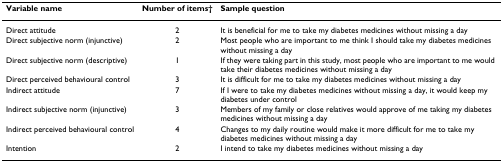
<table><thead><tr><td><b>Variable name</b></td><td><b>Number of items†</b></td><td><b>Sample question</b></td></tr></thead><tbody><tr><td>Direct attitude</td><td>2</td><td>It is beneficial for me to take my diabetes medicines without missing a day</td></tr><tr><td>Direct subjective norm (injunctive)</td><td>2</td><td>Most people who are important to me think I should take my diabetes medicines without missing a day</td></tr><tr><td>Direct subjective norm (descriptive)</td><td>1</td><td>If they were taking part in this study, most people who are important to me would take their diabetes medicines without missing a day</td></tr><tr><td>Direct perceived behavioural control</td><td>3</td><td>It is difficult for me to take my diabetes medicines without missing a day</td></tr><tr><td>Indirect attitude</td><td>7</td><td>If I were to take my diabetes medicines without missing a day, it would keep my diabetes under control</td></tr><tr><td>Indirect subjective norm (injunctive)</td><td>3</td><td>Members of my family or close relatives would approve of me taking my diabetes medicines without missing a day</td></tr><tr><td>Indirect perceived behavioural control</td><td>4</td><td>Changes to my daily routine would make it more difficult for me to take my diabetes medicines without missing a day</td></tr><tr><td>Intention</td><td>2</td><td>I intend to take my diabetes medicines without missing a day</td></tr></tbody></table>